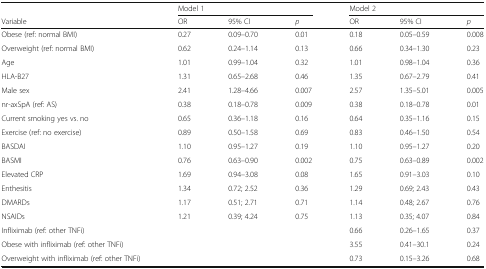
|  | <COLSPAN=3> Model 1 | <COLSPAN=3> Model 2 |
 | Variable | OR | 95% CI | p | OR | 95% CI | p |
 | --- | --- | --- | --- | --- | --- | --- |
 | Obese (ref: normal BMI) | 0.27 | 0.09–0.70 | 0.01 | 0.18 | 0.05–0.59 | 0.008 |
 | Overweight (ref: normal BMI) | 0.62 | 0.24–1.14 | 0.13 | 0.66 | 0.34–1.30 | 0.23 |
 | Age | 1.01 | 0.99–1.04 | 0.32 | 1.01 | 0.98–1.04 | 0.36 |
 | HLA-B27 | 1.31 | 0.65–2.68 | 0.46 | 1.35 | 0.67–2.79 | 0.41 |
 | Male sex | 2.41 | 1.28–4.66 | 0.007 | 2.57 | 1.35–5.01 | 0.005 |
 | nr-axSpA (ref: AS) | 0.38 | 0.18–0.78 | 0.009 | 0.38 | 0.18–0.78 | 0.01 |
 | Current smoking yes vs. no | 0.65 | 0.36–1.18 | 0.16 | 0.64 | 0.35–1.16 | 0.15 |
 | Exercise (ref: no exercise) | 0.89 | 0.50–1.58 | 0.69 | 0.83 | 0.46–1.50 | 0.54 |
 | BASDAI | 1.10 | 0.95–1.27 | 0.19 | 1.10 | 0.95–1.27 | 0.20 |
 | BASMI | 0.76 | 0.63–0.90 | 0.002 | 0.75 | 0.63–0.89 | 0.002 |
 | Elevated CRP | 1.69 | 0.94–3.08 | 0.08 | 1.65 | 0.91–3.03 | 0.10 |
 | Enthesitis | 1.34 | 0.72; 2.52 | 0.36 | 1.29 | 0.69; 2.43 | 0.43 |
 | DMARDs | 1.17 | 0.51; 2.71 | 0.71 | 1.14 | 0.48; 2.67 | 0.76 |
 | NSAIDs | 1.21 | 0.39; 4.24 | 0.75 | 1.13 | 0.35; 4.07 | 0.84 |
 | Infliximab (ref: other TNFi) |  |  |  | 0.66 | 0.26–1.65 | 0.37 |
 | Obese with infliximab (ref: other TNFi) |  |  |  | 3.55 | 0.41–30.1 | 0.24 |
 | Overweight with infliximab (ref: other TNFi) |  |  |  | 0.73 | 0.15–3.26 | 0.68 |